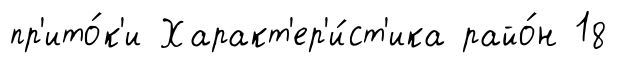
пр'ито́к'и Характ'ер'и́ст'ика райо́н 18